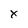
Character: x